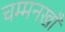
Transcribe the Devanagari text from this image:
चम्मनखाँ